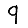
Digit: 9